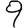
Digit: 9